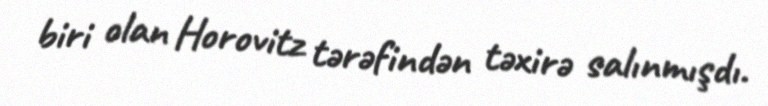
biri olan Horovitz tərəfindən təxirə salınmışdı.